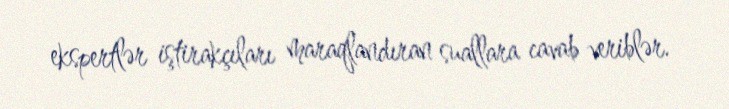
ekspertlər iştirakçıları maraqlandıran suallara cavab veriblər.